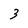
Character: 3